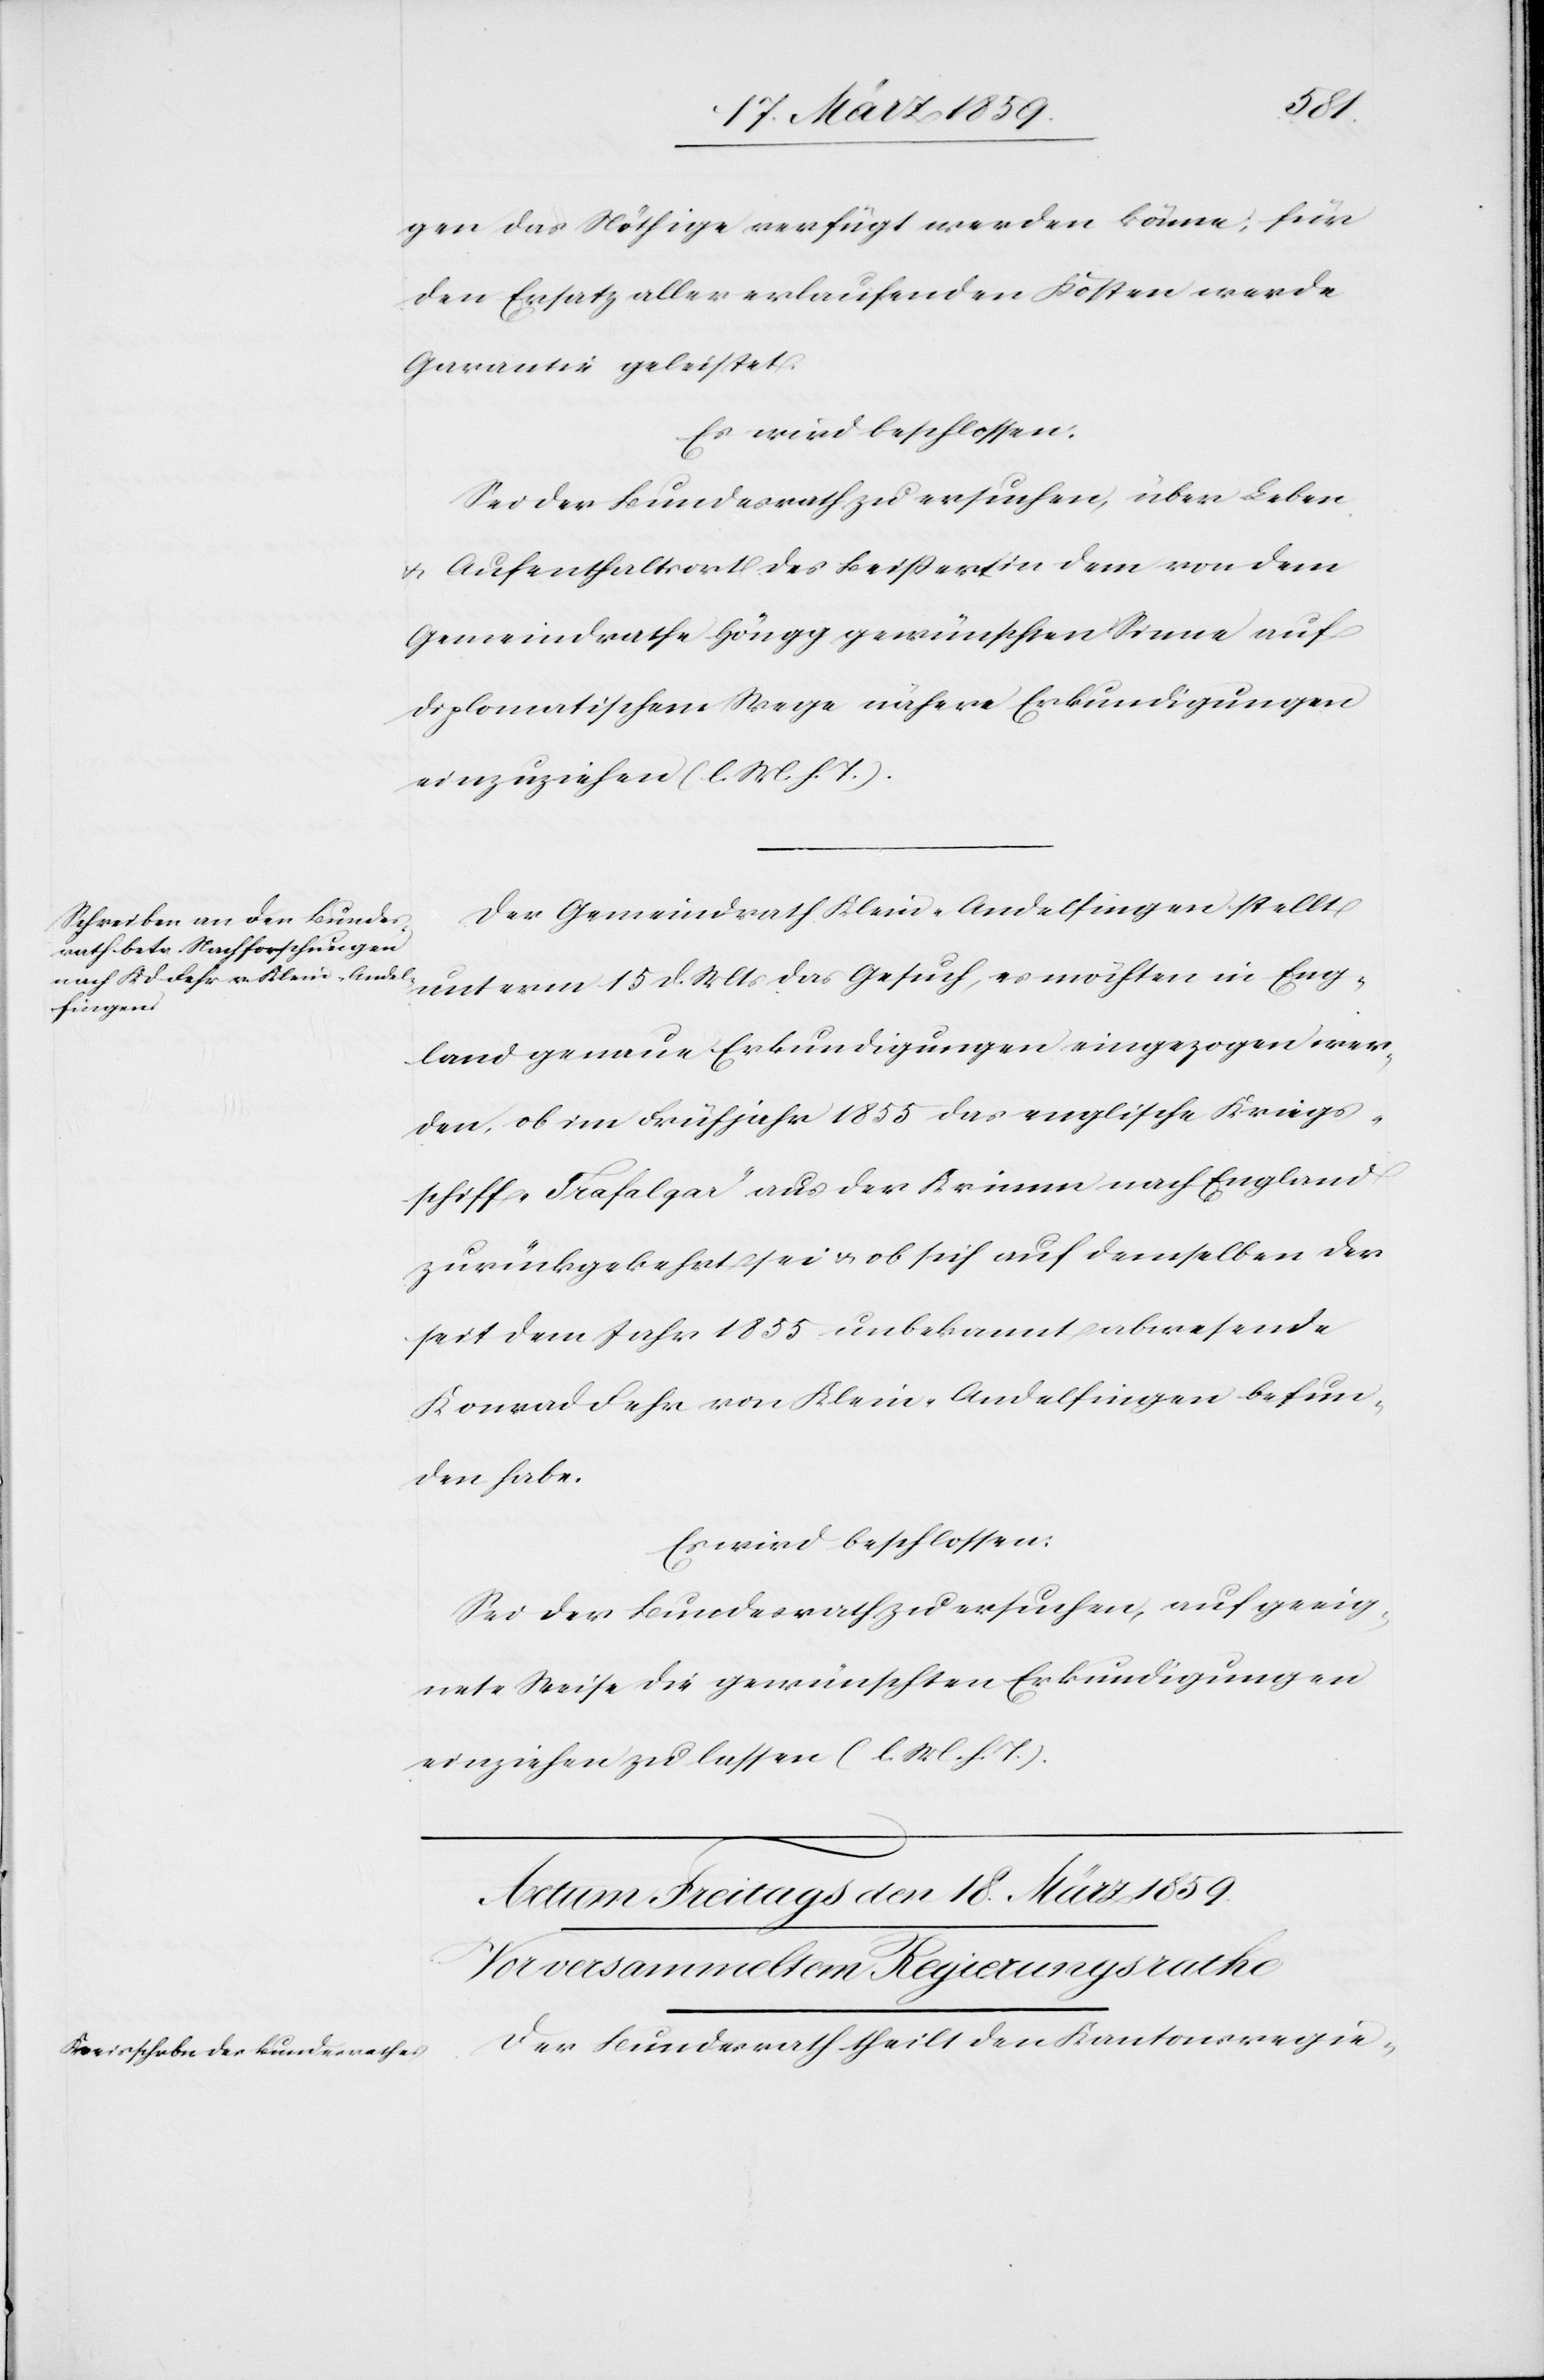
gen das Nöthige verfügt werden könne; für
den Ersatz aller erlaufenden Kosten werde
Garantie geleistet.
Es wird beschlossen:
Sei der Bundesrath zu ersuchen, über Leben
u. Aufenthaltsort des Beißert in dem von dem
Gemeindrathe Höngg gewünschten Sinne auf
diplomatischem Wege nähere Erkundigungen
einzuziehen (l. M. h. T.).
Der Gemeindrath Klein-Andelfingen stellt
unterm 15 d. Mts das Gesuch, es möchten in Eng¬
land genaue Erkundigungen eingezogen wer¬
den, ob im Frühjahr 1855 das englische Kriegs¬
schiff „Trafalgar“ aus der Krimm nach England
zurückgekehrt sei u. ob sich auf demselben der
seit dem Jahr 1855 unbekannt abwesende
Konrad Fehr von Klein-Andelfingen befun¬
den habe.
Es wird beschlossen:
Sei der Bundesrath zu ersuchen, auf geeig¬
nete Weise die gewünschten Erkundigungen
einziehen zu lassen (l. M. h. T.).
Der Bundesrath theilt den Kantonsregie-